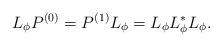
LaTeX: \begin{align*} L_{\phi} P^{(0)} = P^{(1)} L_{\phi} = L_{\phi} L_{\phi}^{*} L_{\phi} .\end{align*}